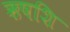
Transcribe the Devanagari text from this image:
ऋषशि